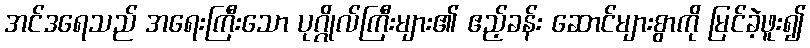
အင်ဒရေသည် အရေးကြီးသော ပုဂ္ဂိုလ်ကြီးများ၏ ဧည့်ခန်း ဆောင်များစွာကို မြင်ခဲ့ဖူး၍